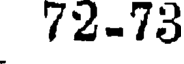
72-73